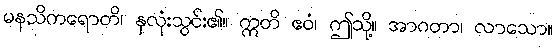
မနသိကရောတိ၊ နှလုံးသွင်း၏။ ဣတိ ဧဝံ၊ ဤသို့။ အာဂတာ၊ လာသော။